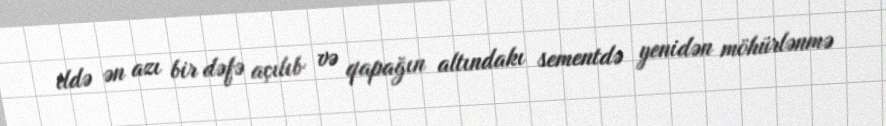
ildə ən azı bir dəfə açılıb və qapağın altındakı sementdə yenidən möhürlənmə